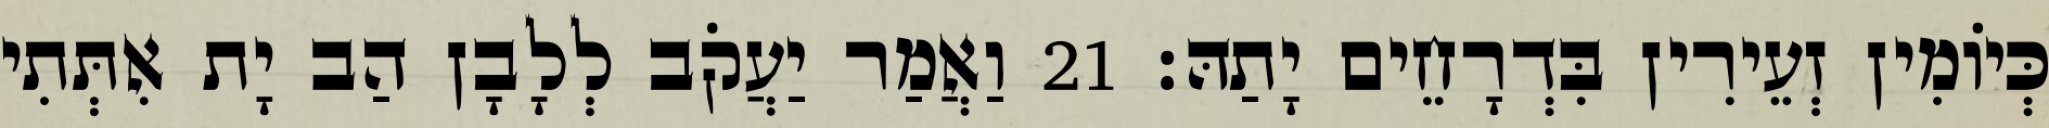
כְּיוֹמִין זְעֵירִין בִּדְרָחֵים יָתַהּ׃ 21 וַאֲמַר יַעֲקֹב לְלָבָן הַב יָת אִתְּתִי